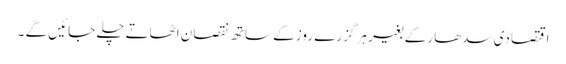
اقتصادی سدھار کے بغیر ہر گزرے روز کے ساتھ نقصان اٹھاتے چلے جائیں گے ۔